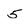
Character: 5